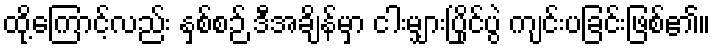
ထို့ကြောင့်လည်း နှစ်စဉ် ဒီအချိန်မှာ ငါးမျှားပြိုင်ပွဲ ကျင်းပခြင်းဖြစ်၏။